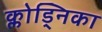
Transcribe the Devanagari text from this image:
क्लोड्निका